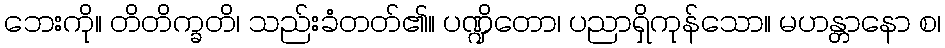
ဘေးကို။ တိတိက္ခတိ၊ သည်းခံတတ်၏။ ပဏ္ဍိတော၊ ပညာရှိကုန်သော။ မဟန္တာနော စ၊